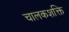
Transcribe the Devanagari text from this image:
चालकशक्ति